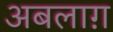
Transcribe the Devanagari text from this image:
अबलाग़